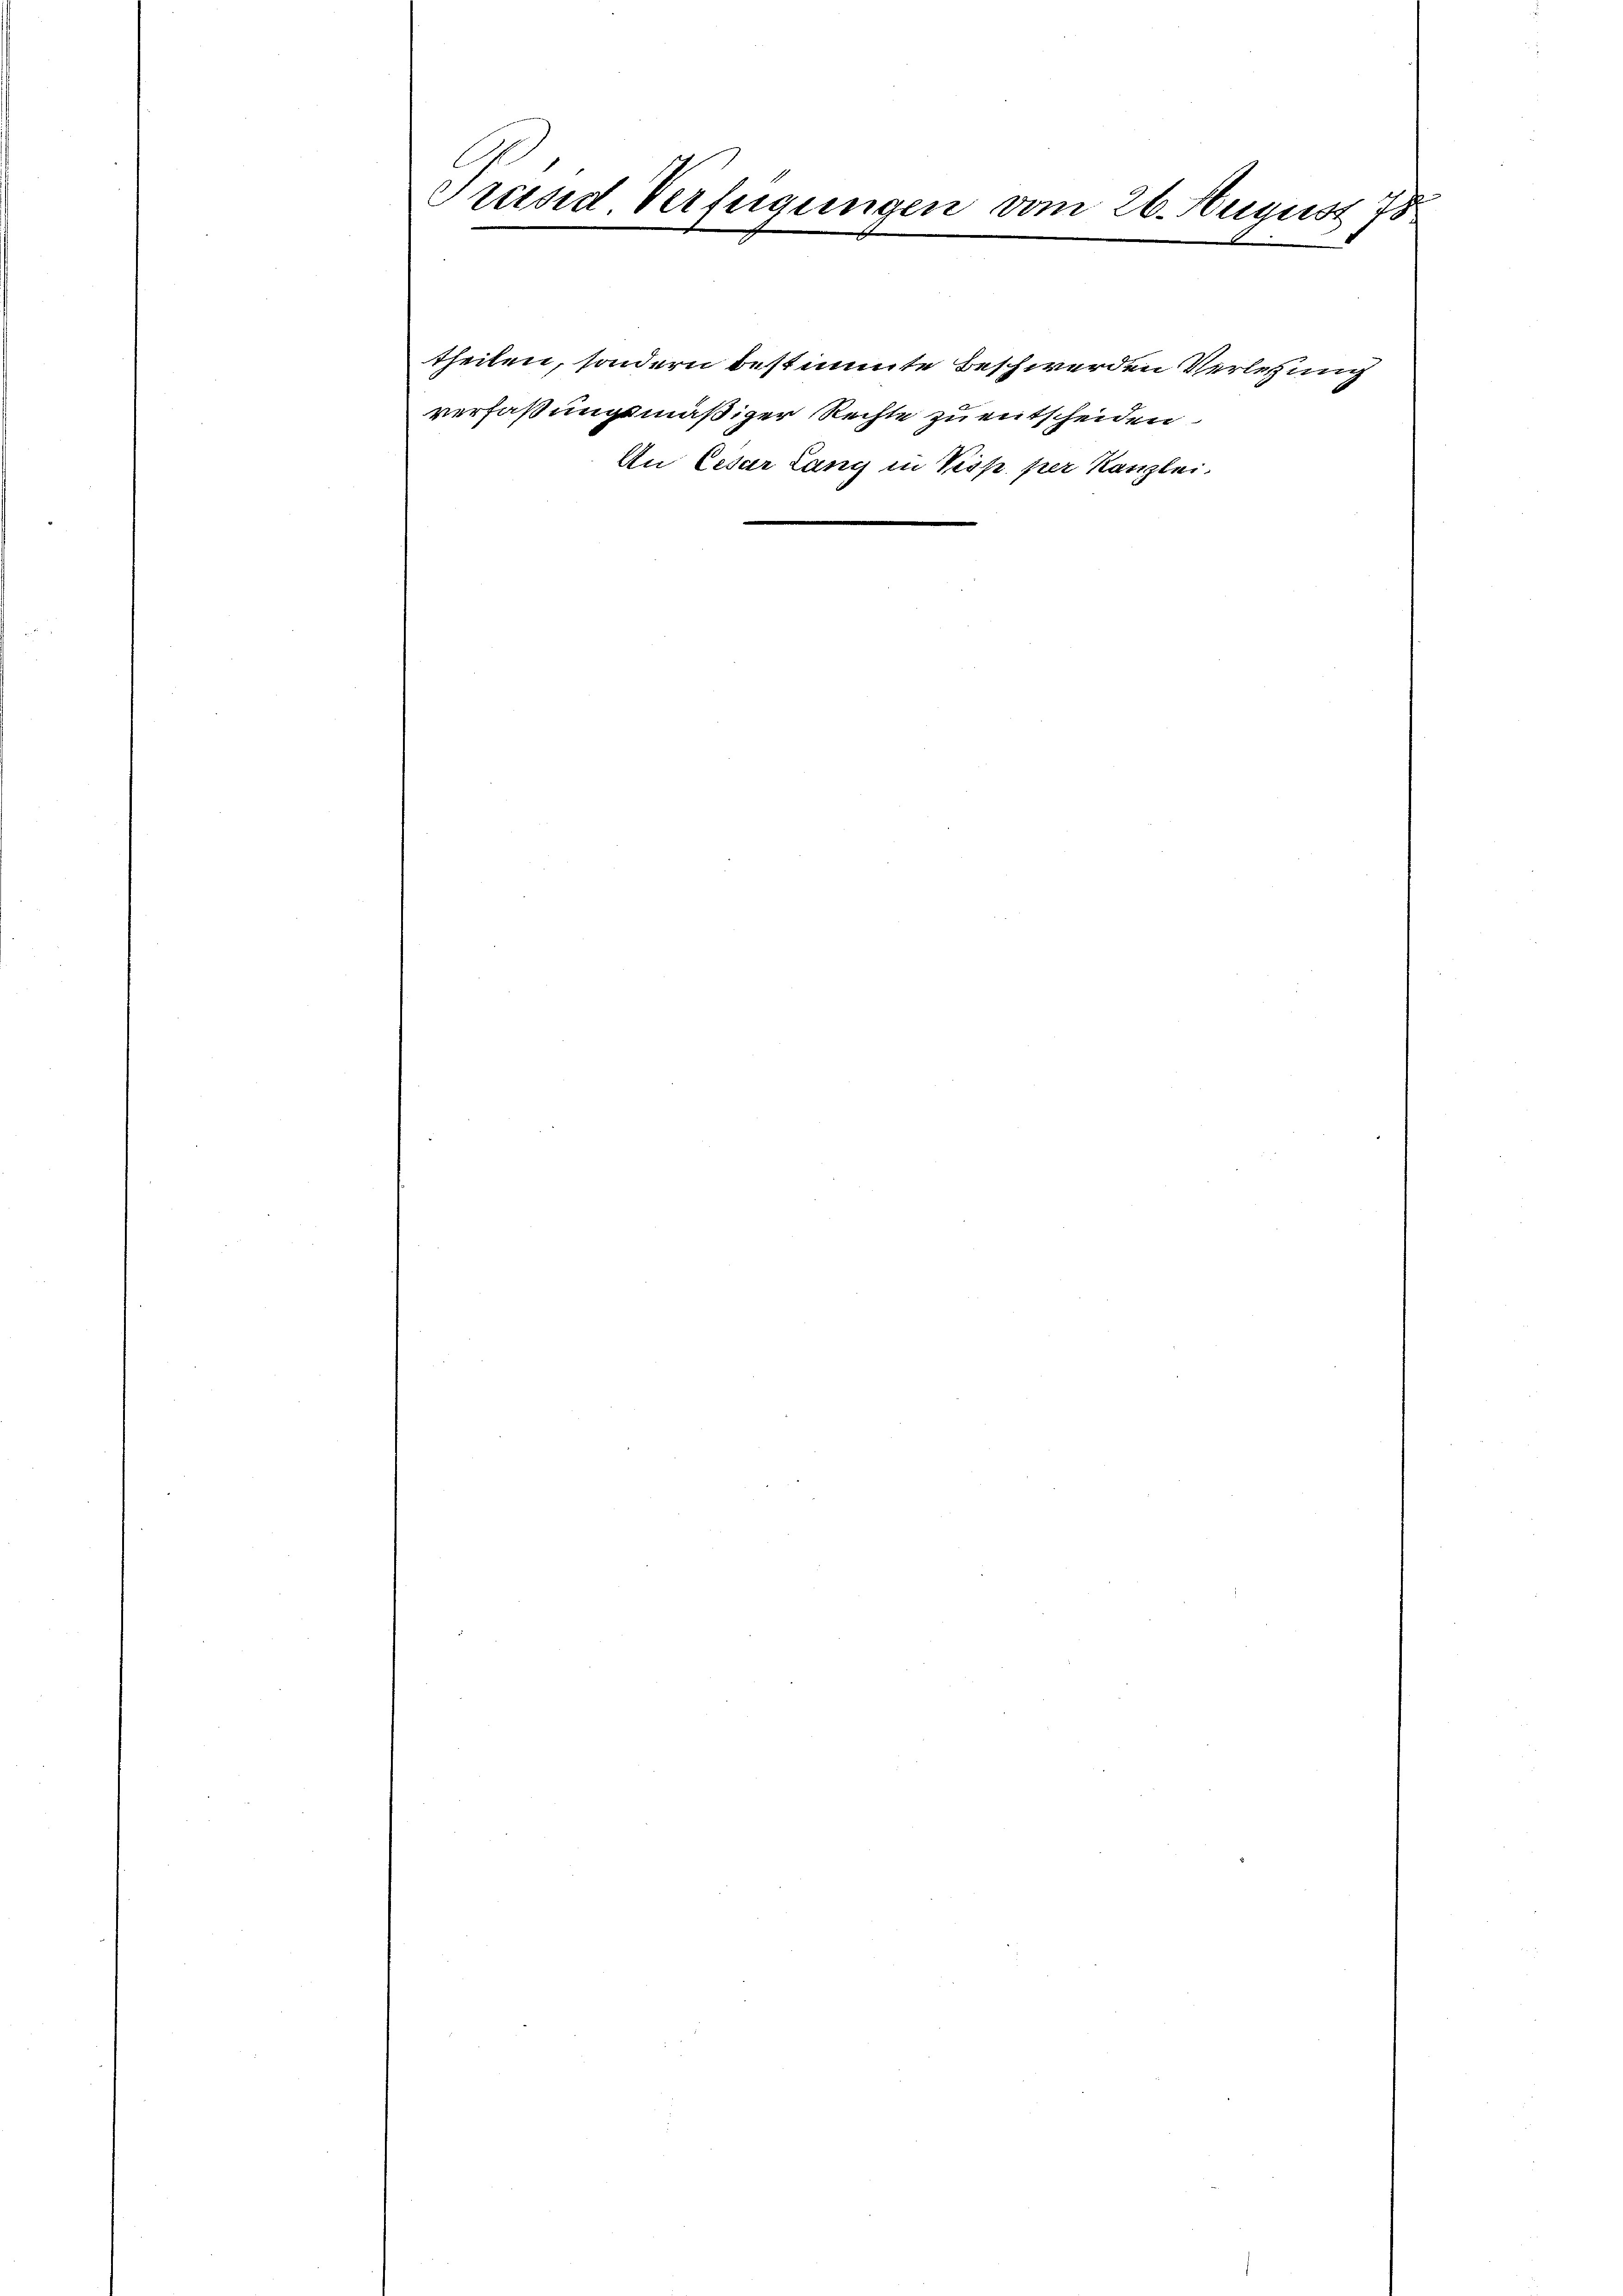
E
Präsid. Verfügungen vom 26. August 15

theilen, sondern bestimmte Beschwerden Verletzung
verfaßungsmäßiger Rechte zu entscheiden.
An Cesar Lang in Prop. per Kanzlei.